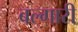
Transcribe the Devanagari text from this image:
बल्गारी